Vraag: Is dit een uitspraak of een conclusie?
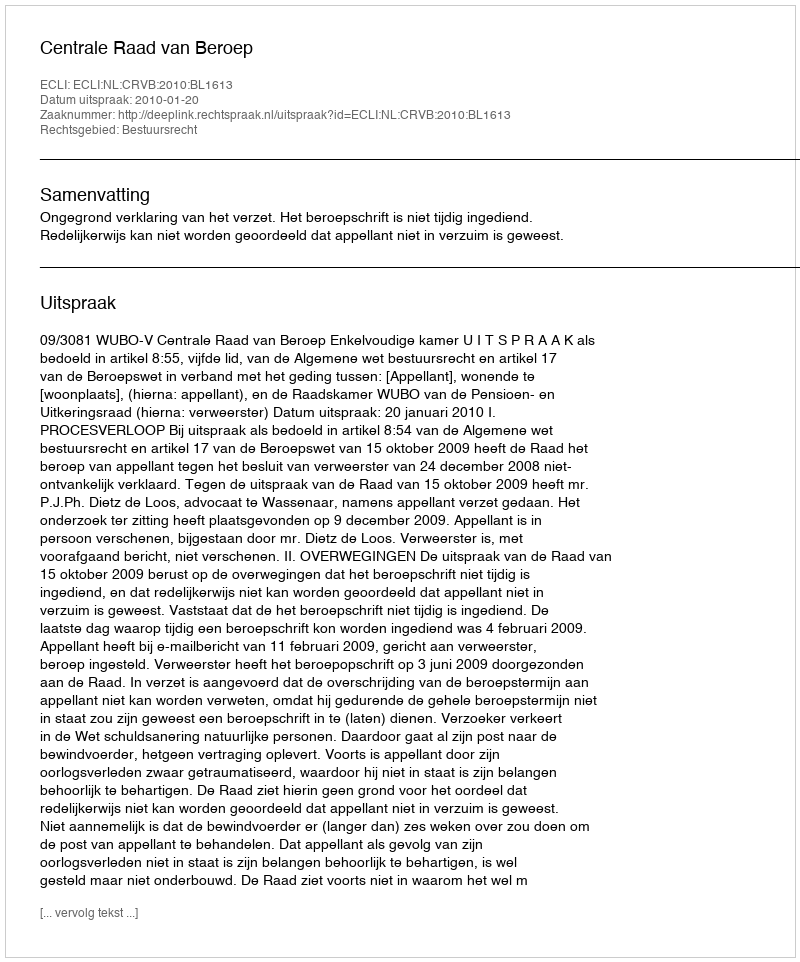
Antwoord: Uitspraak